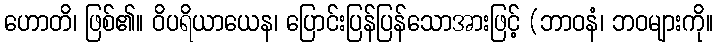
ဟောတိ၊ ဖြစ်၏။ ဝိပရိယာယေန၊ ပြောင်းပြန်ပြန်သောအားဖြင့် (ဘာဝနံ၊ ဘဝများကို။